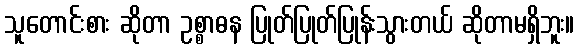
သူတောင်းစား ဆိုတာ ဥစ္စာဓန ပြုတ်ပြုတ်ပြုန်းသွားတယ် ဆိုတာမရှိဘူး။